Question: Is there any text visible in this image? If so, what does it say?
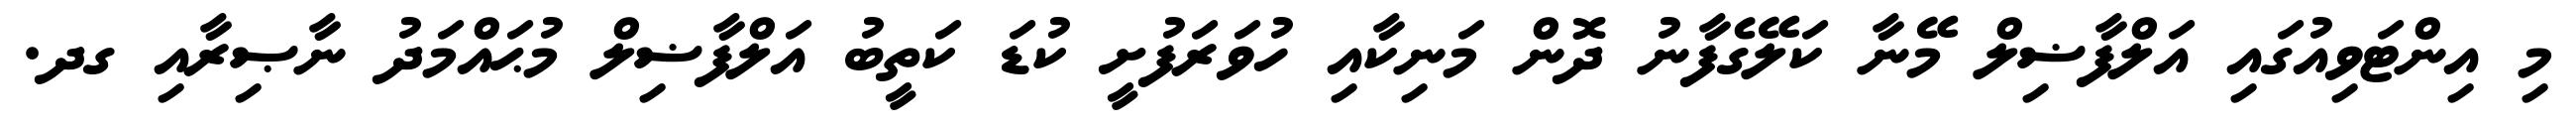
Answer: މި އިންޓަވިއުގައި އަލްފާޟިލް މޭނާ ކަލޭގެފާނު ދޮން މަނިކާއި ހުވަރަފުށީ ކުޑަ ކަތީބު އަލްފާޟިލް މުޙައްމަދު ނާޞިރާއި ގދ.